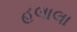
હલાલા